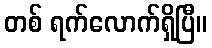
တစ် ရက်လောက်ရှိပြီ။